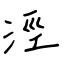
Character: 涇